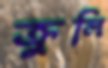
ক্রুলি